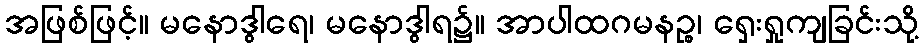
အဖြစ်ဖြင့်။ မနောဒွါရေ၊ မနောဒွါရ၌။ အာပါထဂမနဉ္စ၊ ရှေးရှုကျခြင်းသို့